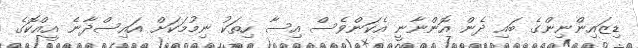
ޑިޒައިންނިންގެ ބައި ދެން އޮންނާނީ އެކަންވެސް އިސާ ހިތަކު ނިމުމަކަށް އައިސްދާނެ އީއްކޮގެ